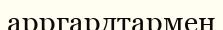
арргардтармен